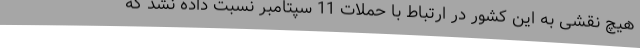
هیچ نقشی به این کشور در ارتباط با حملات 11 سپتامبر نسبت داده نشد که